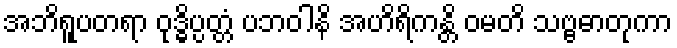
အဘိရူပတရာ ဝုဒ္ဓိပ္ပတ္တံ ပဘဝါနိ အဟိရိကန္တိ ဝမတိ သဗ္ဗဓာတုကာ